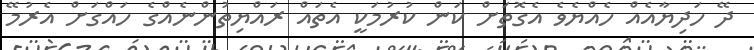
ދޭ ހަދިޔާއެއް ހެއްޔެވެ އެގޮތަށް ކަން ކުރުމަކީ އެތައް ރައްޔިތުންނެއްގެ ހައްގަށް އެރުމޭ